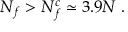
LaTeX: N _ { f } > N _ { f } ^ { c } \simeq 3 . 9 N \ .